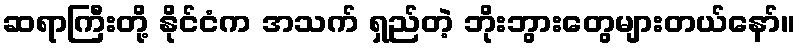
ဆရာကြီးတို့ နိုင်ငံက အသက် ရှည်တဲ့ ဘိုးဘွားတွေများတယ်နော်။